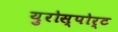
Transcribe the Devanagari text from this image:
युरोस्पोर्ट